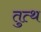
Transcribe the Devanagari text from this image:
तुत्थ